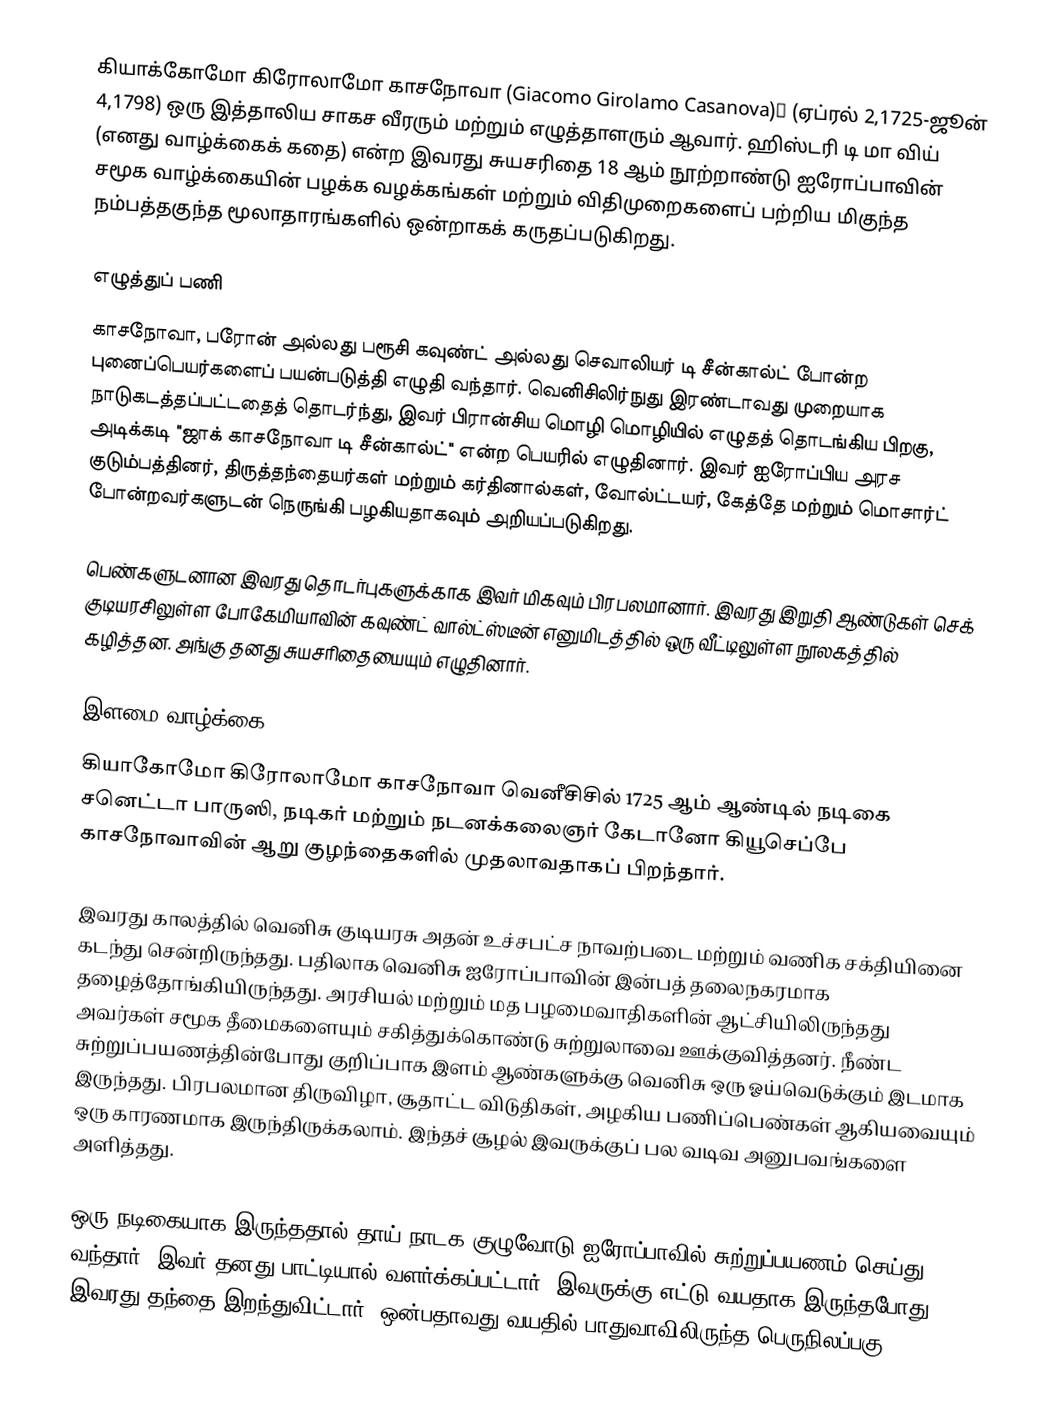
கியாக்கோமோ கிரோலாமோ காசநோவா (Giacomo Girolamo Casanova)ː (ஏப்ரல் 2,1725-ஜூன் 4,1798) ஒரு இத்தாலிய சாகச வீரரும் மற்றும் எழுத்தாளரும் ஆவார். ஹிஸ்டரி டி மா விய் (எனது வாழ்க்கைக் கதை) என்ற இவரது சுயசரிதை 18 ஆம் நூற்றாண்டு ஐரோப்பாவின் சமூக வாழ்க்கையின் பழக்க வழக்கங்கள் மற்றும் விதிமுறைகளைப் பற்றிய மிகுந்த நம்பத்தகுந்த மூலாதாரங்களில் ஒன்றாகக் கருதப்படுகிறது.

எழுத்துப் பணி
காசநோவா, பரோன் அல்லது பரூசி கவுண்ட்  அல்லது செவாலியர் டி சீன்கால்ட் போன்ற புனைப்பெயர்களைப் பயன்படுத்தி எழுதி வந்தார். வெனிசிலிர்நுது இரண்டாவது முறையாக நாடுகடத்தப்பட்டதைத் தொடர்ந்து, இவர் பிரான்சிய மொழி மொழியில் எழுதத் தொடங்கிய பிறகு, அடிக்கடி "ஜாக் காசநோவா டி சீன்கால்ட்" என்ற பெயரில் எழுதினார். இவர் ஐரோப்பிய அரச குடும்பத்தினர், திருத்தந்தையர்கள் மற்றும் கர்தினால்கள், வோல்ட்டயர், கேத்தே மற்றும் மொசார்ட் போன்றவர்களுடன் நெருங்கி பழகியதாகவும் அறியப்படுகிறது.

பெண்களுடனான இவரது தொடர்புகளுக்காக இவர் மிகவும் பிரபலமானார். இவரது இறுதி ஆண்டுகள் செக் குடியரசிலுள்ள போகேமியாவின் கவுண்ட் வால்ட்ஸ்டீன் எனுமிடத்தில் ஒரு வீட்டிலுள்ள நூலகத்தில் கழித்தன. அங்கு தனது சுயசரிதையையும் எழுதினார்.

இளமை வாழ்க்கை
கியாகோமோ கிரோலாமோ காசநோவா வெனீசிசில் 1725 ஆம் ஆண்டில் நடிகை சனெட்டா பாருஸி, நடிகர் மற்றும் நடனக்கலைஞர் கேடானோ கியூசெப்பே காசநோவாவின் ஆறு குழந்தைகளில் முதலாவதாகப் பிறந்தார்.

இவரது காலத்தில் வெனிசு குடியரசு அதன் உச்சபட்ச நாவற்படை மற்றும் வணிக சக்தியினை கடந்து சென்றிருந்தது. பதிலாக வெனிசு ஐரோப்பாவின் இன்பத் தலைநகரமாக தழைத்தோங்கியிருந்தது. அரசியல் மற்றும் மத பழமைவாதிகளின் ஆட்சியிலிருந்தது அவர்கள் சமூக தீமைகளையும் சகித்துக்கொண்டு சுற்றுலாவை ஊக்குவித்தனர். நீண்ட சுற்றுப்பயணத்தின்போது குறிப்பாக இளம் ஆண்களுக்கு வெனிசு ஒரு ஓய்வெடுக்கும் இடமாக இருந்தது. பிரபலமான திருவிழா, சூதாட்ட விடுதிகள், அழகிய பணிப்பெண்கள் ஆகியவையும் ஒரு காரணமாக இருந்திருக்கலாம். இந்தச் சூழல் இவருக்குப் பல வடிவ அனுபவங்களை அளித்தது.

ஒரு நடிகையாக இருந்ததால் தாய் நாடக குழுவோடு ஐரோப்பாவில் சுற்றுப்பயணம் செய்து வந்தார். இவர் தனது பாட்டியால் வளர்க்கப்பட்டார். இவருக்கு எட்டு வயதாக இருந்தபோது இவரது தந்தை இறந்துவிட்டார். ஒன்பதாவது வயதில் பாதுவாவிலிருந்த பெருநிலப்பகு